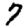
Digit: 7